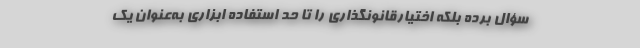
سؤال برده بلکه اختیارقانونگذاری را تا حد استفاده ابزاری به‌عنوان یک